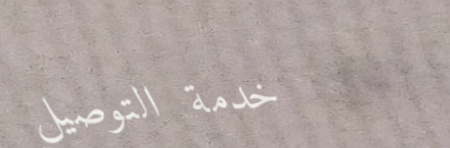
خدمة التوصيل